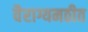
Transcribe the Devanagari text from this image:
वैराग्यमठीत